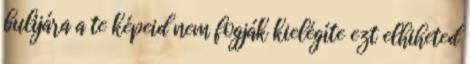
bulijára a te képeid nem fogják kielégí­te ezt elhiheted